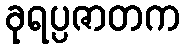
ခုရပ္ပဇာတက